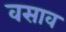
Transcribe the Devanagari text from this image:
वसाव